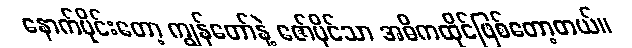
နောက်ပိုင်းတော့ ကျွန်တော်နဲ့ ဇော်ပိုင်သာ အဓိကထိုင်ဖြစ်တော့တယ်။